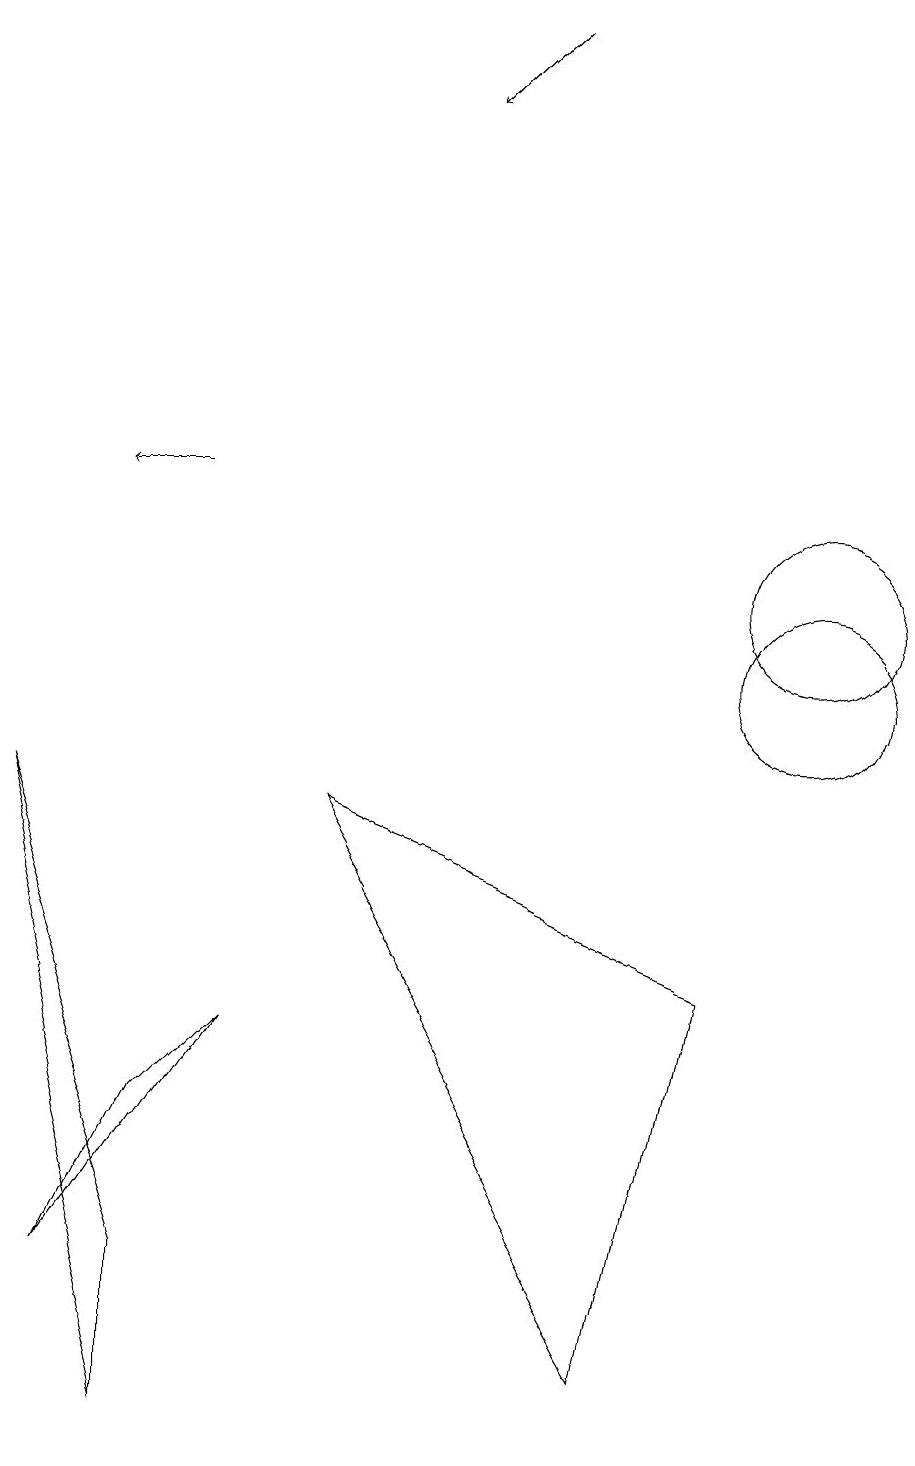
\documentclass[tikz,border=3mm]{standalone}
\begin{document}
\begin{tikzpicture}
\draw (10,12) circle (1);
\draw (1,3) -- (2,5) -- (3,6) -- cycle;
\draw[->] (2,13) -- (1,13);
\draw (0,9) -- (2,1) -- (2,3) -- cycle;
\draw (10,11) circle (1);
\draw (8,2) -- (4,9) -- (9,7) -- cycle;
\draw[->] (6,19) -- (5,18);
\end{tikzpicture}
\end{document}